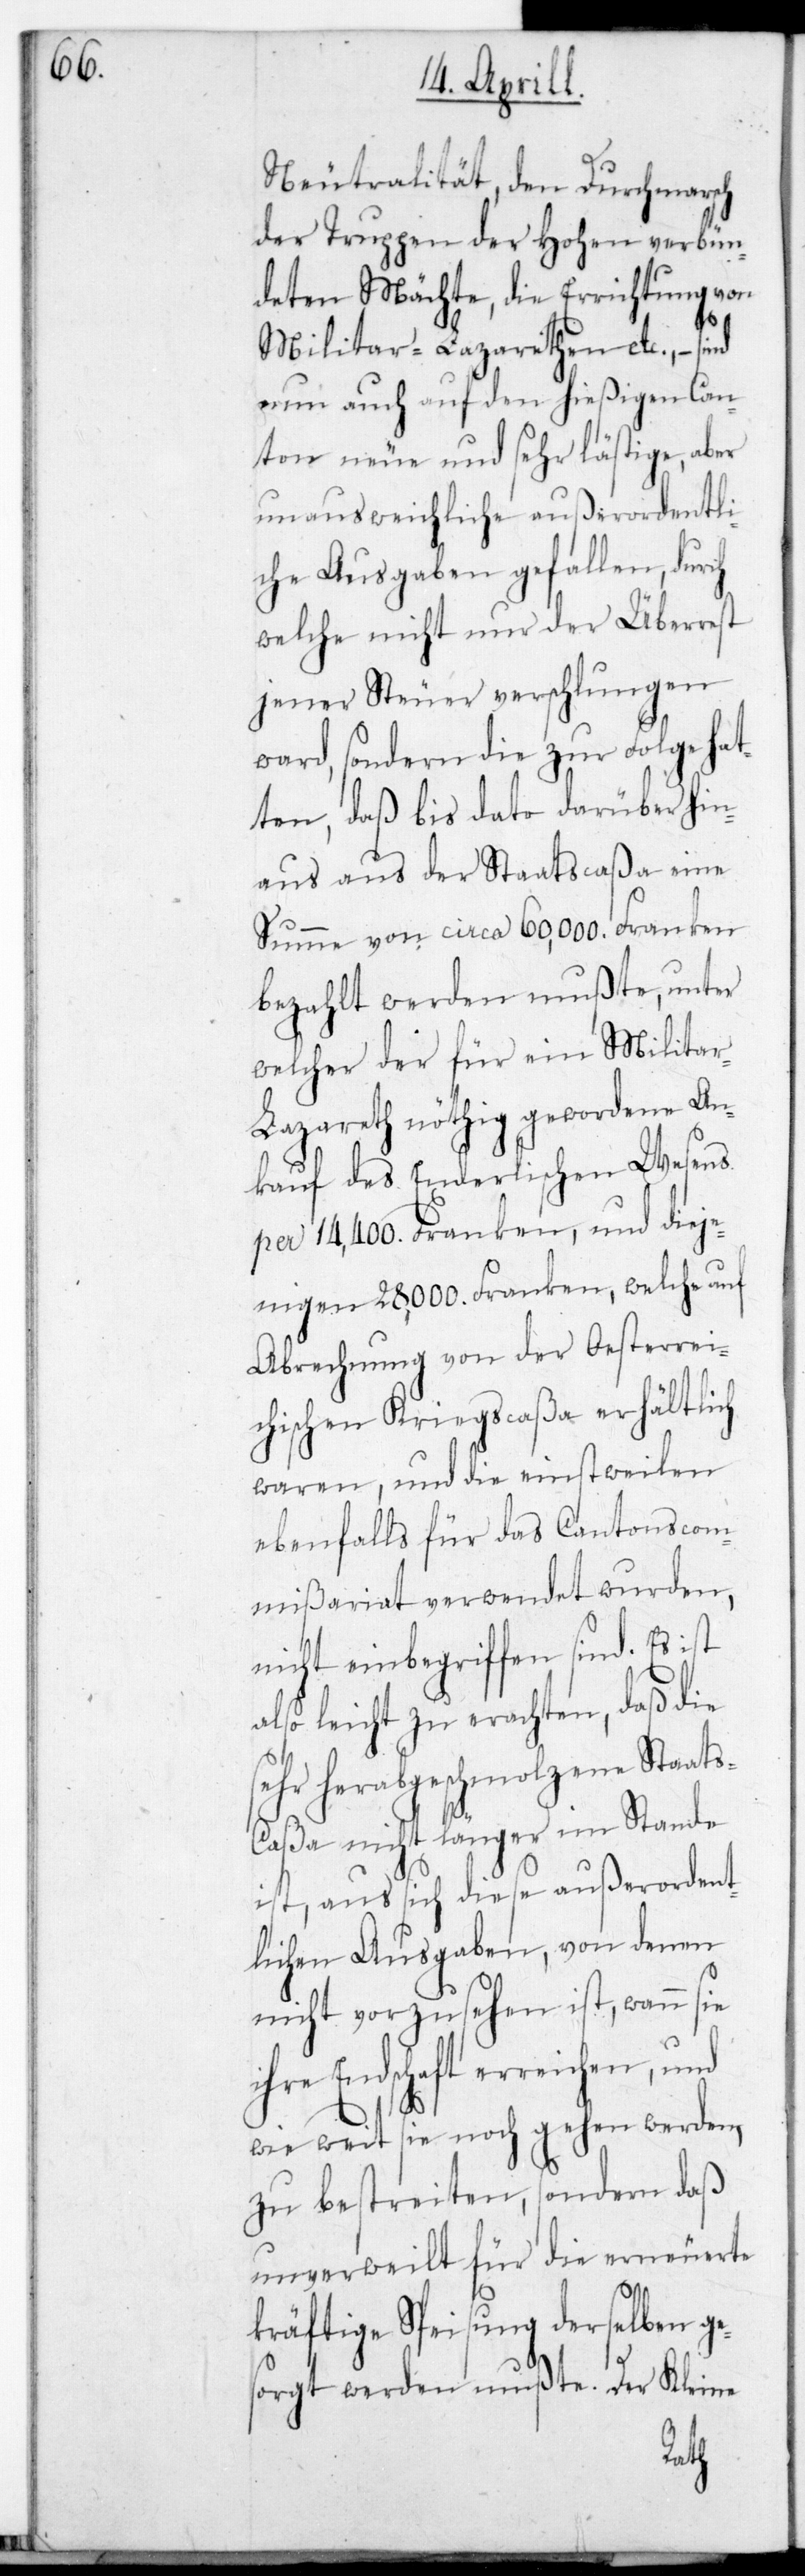
Neutralität, den Durchmarsch
der Truppen der Hohen verbün¬
deten Mächte, die Errichtung von
Militar-Lazarethen etc. – sind
nun auch auf den hießigen Can¬
ton neue und sehr lästige, aber
unausweichliche außerordentli¬
che Ausgaben gefallen, durch
welche nicht nur der Überrest
jener Steuer verschlungen
ward, sondern die zur Folge hat¬
ten, daß bis dato darüber hin¬
aus aus der Staatscaßa eine
Summe von circa 60,000. Franken
bezahlt werden mußte, unter
welcher der für ein Militä¬
r-Lazareth nöthig gewordene An¬
kauf des Enderlischen Wesens
per 14,400. Franken, und dieje¬
nigen 28,000. Franken, welche auf
Abrechnung von der Oesterrei¬
chischen Kriegscaßa erhältlich
waren, und die einstweilen
ebenfalls für das CantonsCom¬
mißariat verwendet wurden,
nicht einbegriffen sind. Es ist
also leicht zu erachten, daß die
sehr herabgeschmolzene Staats¬
caßa nicht länger im Stande
ist, aus sich diese außerordent¬
lichen Ausgaben, von denen
nicht vorzusehen ist, wann sie
Endschaft erreichen, und
wie weit sie noch gehen werden,
zu bestreiten, sondern daß
unverweilt für die erneuerete
kräftige Speisung derselben ge¬
sorgt werden mußte. Der Kleine